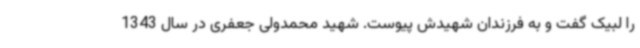
را لبیک گفت و به فرزندان شهیدش پیوست. شهید محمدولی جعفری در سال 1343